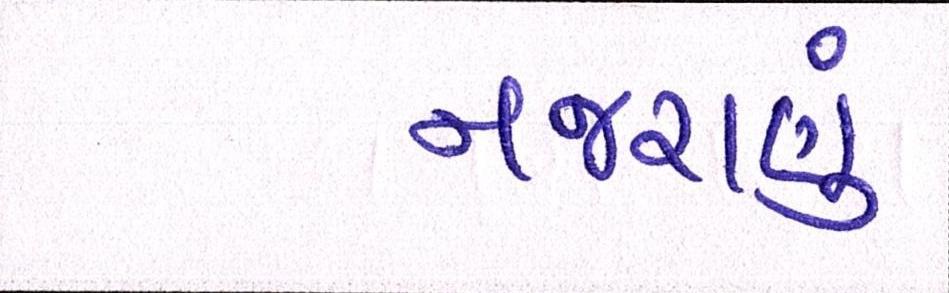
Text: નજરાણું